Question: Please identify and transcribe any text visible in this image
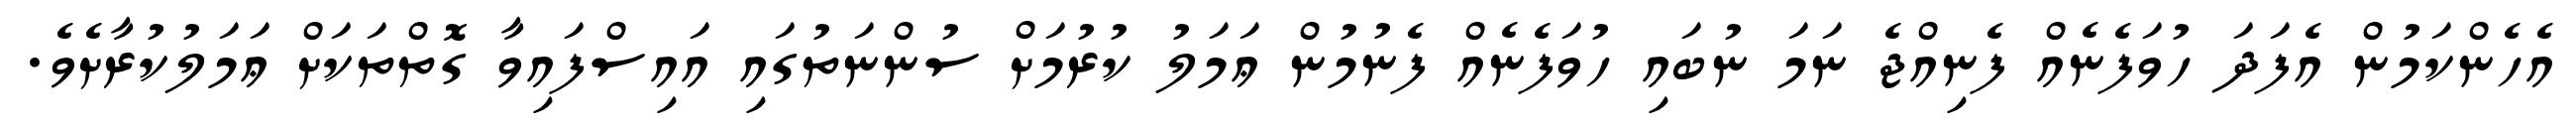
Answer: އެހެންކަމުން އެފަދަ ހުވަފެނެއް ފެނިއްޖެ ނަމަ ނުބައި ހުވަފެނެއް ފެނުމުން ޢަމަލު ކުރުމަށް ސުންނަތުގައި އައިސްފައިވާ ގޮތްތަކަށް ޢަމަލުކުރާށެވެ.